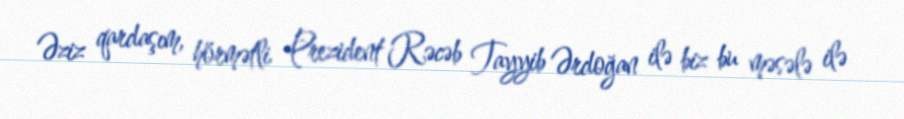
Əziz qardaşım, hörmətli Prezident Rəcəb Tayyib Ərdoğan ilə biz bu məsələ ilə